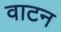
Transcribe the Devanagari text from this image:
वाटन